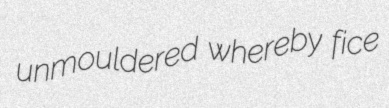
unmouldered whereby fice